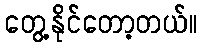
တွေ့နိုင်တော့တယ်။